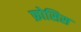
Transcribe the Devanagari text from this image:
फ्रोसिस